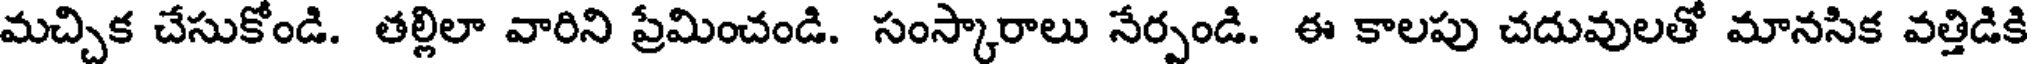
మచ్చిక చేసుకోండి. తల్లిలా వారిని ప్రేమించండి. సంస్కారాలు నేర్పండి. ఈ కాలపు చదువులతో మానసిక వత్తిడికి